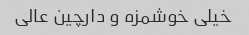
خیلی خوشمزه و دارچین عالی